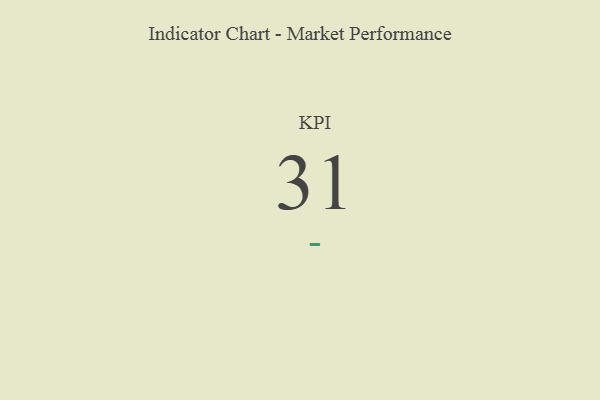
{"axis": {"x": "KPI", "y": "Value"}, "legend": [""], "data": [{"x": "KPI", "y": 31, "type": ""}]}